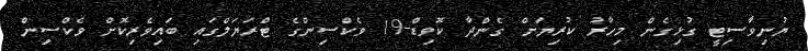
ޔުނިވާސިޓީ ގުޅިގެން މިހާރު ކުރިޔަށް ގެންދާ ކޮވިޑް-19 ވެކްސިންގެ ޓްރަޔަލްގައި ބައިވެރިކޮށް ވެކްސިން